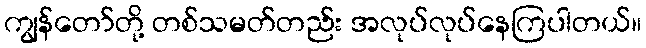
ကျွန်တော်တို့ တစ်သမတ်တည်း အလုပ်လုပ်နေကြပါတယ်။